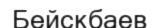
Бейскбаев